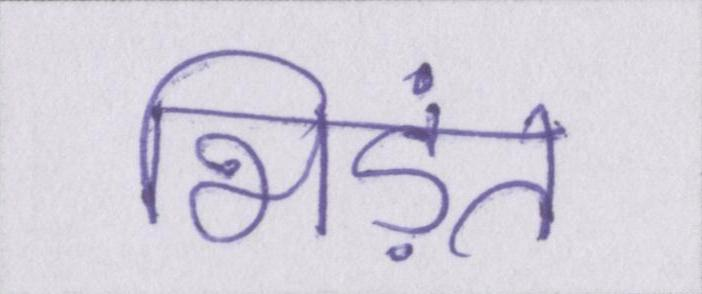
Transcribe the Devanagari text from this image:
भिड़ंत